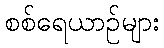
စစ်ရေယာဉ်များ